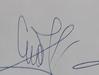
Signature authenticity: genuine